Lunatic asylums Bombay report 1891-1903 - 1891-1903
Year: 1891
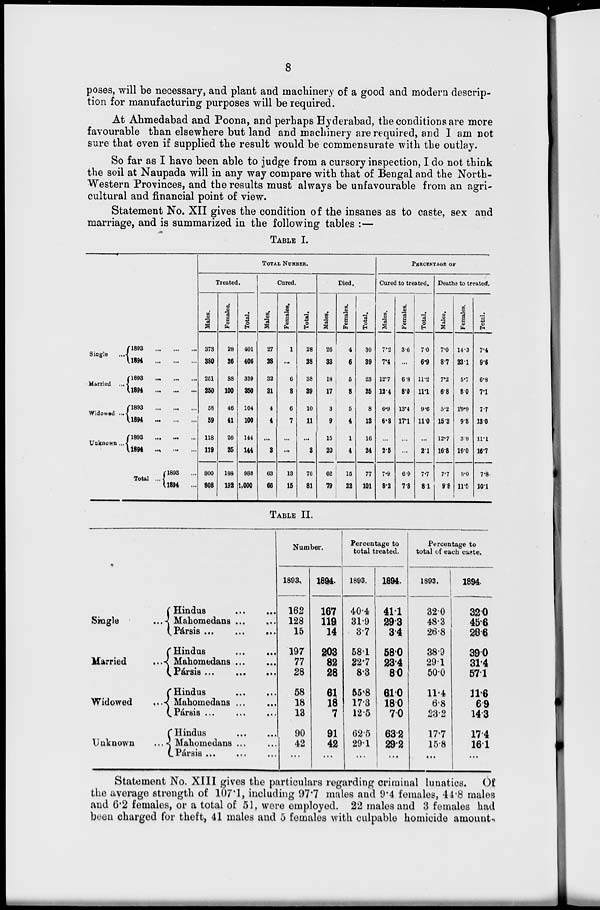
8
poses, will be necessary, and plant and machinery of a good and modern descrip-
tion for manufacturing purposes will be required.
At Ahmedabad and Poona, and perhaps Hyderabad, the conditions are more
favourable than elsewhere but land and machinery are required, and I am not
sure that even if supplied the result would be commensurate with the outlay.
So far as I have been able to judge from a cursory inspection, I do not think
the soil at Naupada will in any way compare with that of Bengal and the North-
-estern Provinces, and the results must always be unfavourable from an agri-
cultural and financial point of view.
Statement No. XII gives the condition of the insanes as to caste, sex and
marriage, and is summarized in the following tables :—
TABLE I.
Single
...
Married ...
Widowed ...
Unknown ...
1893
...
...
...
1894
...
...
...
1893
...
...
...
1894
...
...
...
1893
...
...
...
1894
...
...
...
1893
... ... ...
1894
...
...
...
Total ...
1893 ...
1894
...
TOTAL NUMBER.
Treated.
Males.
373
380
251
250
58
59
118
119
800
808
Females.
28
26
88
100
46
41
26
25
188
192
Total.
401
406
339
350
104
100
144
144
988
1,000
Cured.
Males.
27
23
32
31
4
4
...
3
63
66
Females.
1
...
6
8
6
7
...
...
13
15
Total.
28
23
38
39
10
11
...
3
76
81
Died.
Males.
26
33
18
17
3
9
15
20
62
79
Females.
4
6
5
8
5
4
1
4
15
22
Total.
30
39
23
25
8
13
16
24
77
101
PERCENTAGE OF
Cured to treated.
Males.
7.2
7.4
12.7
12.4
6.9
6.8
...
2.5
7.9
8.2
Females.
3.6
...
6.8
8.0
13.4
17.1
...
...
6.9
7.8
Total.
7.0
6.9
11.2
11.1
9.6
11.0
...
2.1
7.7
8.1
Deaths to treated.
Males.
7.0
8.7
7.2
6.8
5.2
15.3
12.7
16.8
7.7
9.8
Females.
14.3
23.1
5.7
8.0
10.9
9.8
3.8
16.0
8.0
11.5
Total.
7.4
9.6
6.8
7.1
7.7
13.0
11.1
16.7
7.8
10.1
TABLE II.
Single
...
Married
...
Widowed
...
Unknown
...
Hindus
...
...
Mahomedans ... ...
Pársis ...
...
...
Hindus
...
...
Mahomedans
...
...
Pársis
...
...
...
Hindus
...
...
Mahomedans ... ...
Pársis
...
...
...
Hindus
...
...
Mahomedans ... ...
Pársis ... ... ...
Number.
1893.
162
128
15
197
77
28
58
18
13
90
42
...
1894.
167
119
14
203
82
28
61
18
7
91
42
...
Percentage to
total treated.
1893.
40.4
31.9
3.7
58.1
22.7
8.3
55.8
17.3
12.5
62.5
29.1
...
1894.
41.1
29.3
3.4
58.0
23.4
8.0
61.0
18.0
7.0
63.2
29.2
...
Percentage to
total of each caste.
1893.
32.0
48.3
26.8
38.9
29.1
50.0
11.4
6.8
23.2
17.7
15.8
...
1894.
32.0
45.6
28.6
39.0
31.4
57.1
11.6
6.9
14.3
17.4
16.1
...
Statement No. XIII gives the particulars regarding criminal lunatics. Of
the average strength of 107.1, including 97.7 males and 9.4 females, 44.8 males
and 6.2 females, or a total of 51, were employed. 22 males and 3 females had
been charged for theft, 41 males and 5 females with culpable homicide amount.